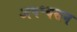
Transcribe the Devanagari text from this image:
अपश्वसन